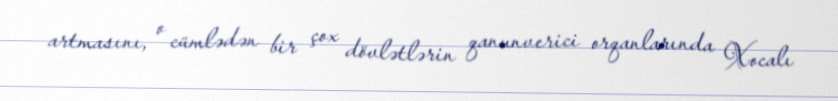
artmasını, o cümlədən bir çox dövlətlərin qanunverici orqanlarında Xocalı